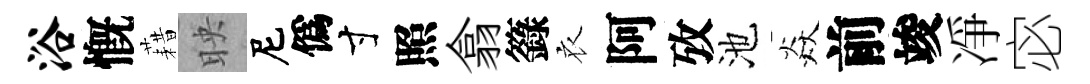
浴慨藉映尼僞寸照翕籙衣阿攷池焱前竣凈宓